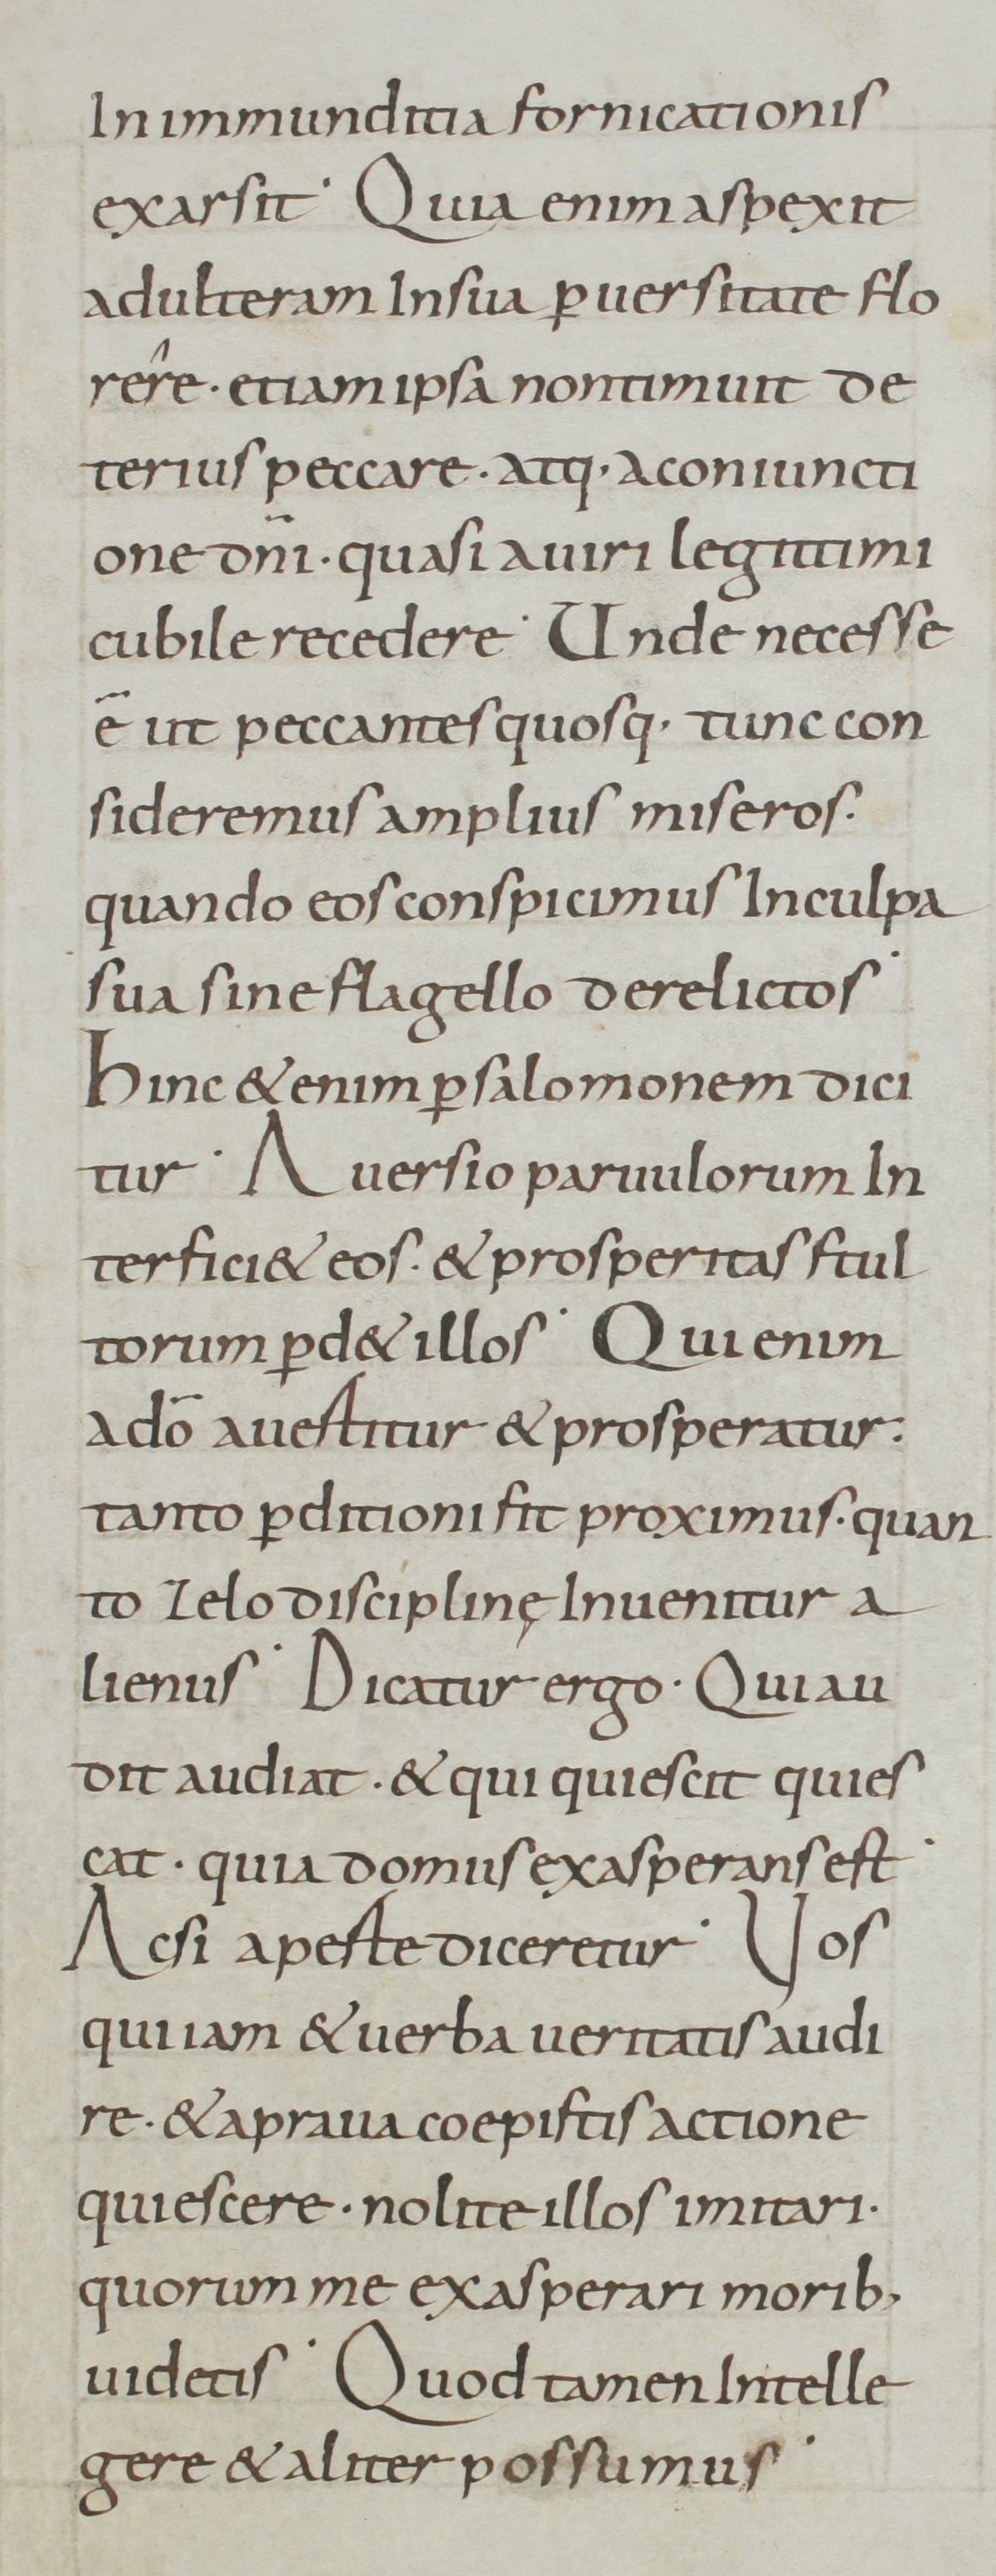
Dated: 800–899